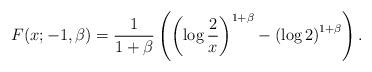
LaTeX: \begin{align*}F(x; -1, \beta)=\frac1{1+\beta}\left(\left(\log \frac 2{x}\right)^{1+\beta}-\left(\log 2\right)^{1+\beta}\right).\end{align*}